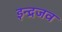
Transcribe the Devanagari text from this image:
इन्द्रजव